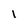
Character: I